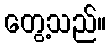
တွေ့သည်။